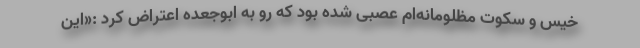
خیس و سکوت مظلومانه‌ام عصبی شده بود که رو به ابوجعده اعتراض کرد :«این